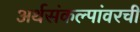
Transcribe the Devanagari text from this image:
अर्थसंकल्पांवरची